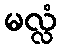
မလ္လံ